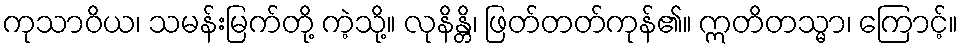
ကုသာဝိယ၊ သမန်းမြက်တို့ ကဲ့သို့။ လုနိန္တိ၊ ဖြတ်တတ်ကုန်၏။ ဣတိတသ္မာ၊ ကြောင့်။